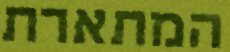
המתארת